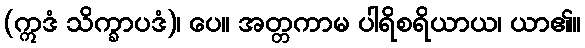
(ဣဒံ သိက္ခာပဒံ)၊ ပေ။ အတ္တကာမ ပါရိစရိယာယ၊ ယာ၏။